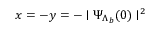
x = - y = - \mid \Psi _ { \Lambda _ { b } } ( 0 ) \mid ^ { 2 }